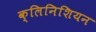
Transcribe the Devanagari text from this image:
क्लिनिशियन